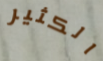
الكثير